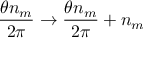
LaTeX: \frac { \theta n _ { m } } { 2 \pi } \rightarrow \frac { \theta n _ { m } } { 2 \pi } + n _ { m }